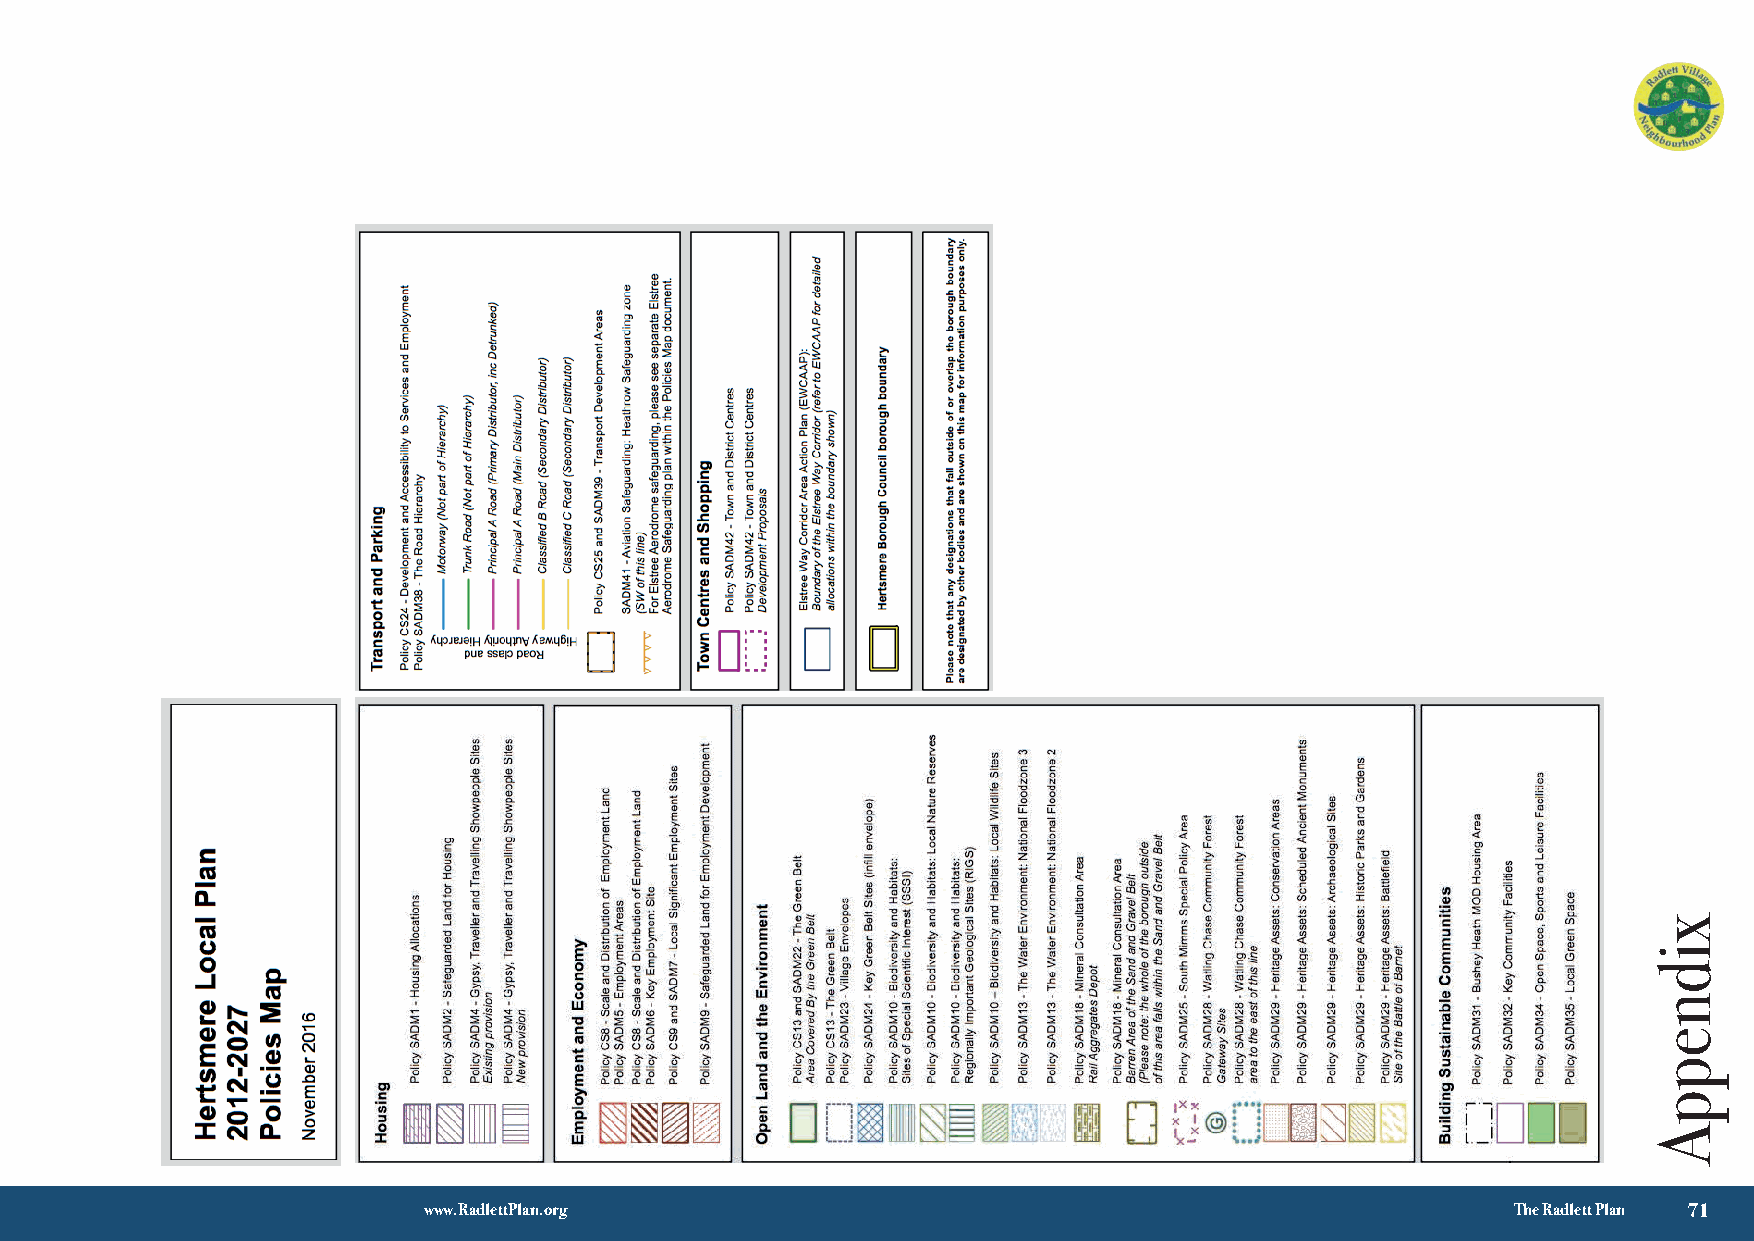
√ 3
 www.RadlettPlan.org                                                     The Radlett Plan 71
 xidneppA